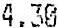
4.30